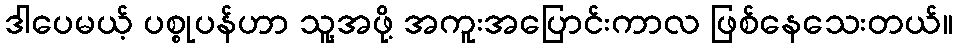
ဒါပေမယ့် ပစ္စုပန်ဟာ သူ့အဖို့ အကူးအပြောင်းကာလ ဖြစ်နေသေးတယ်။